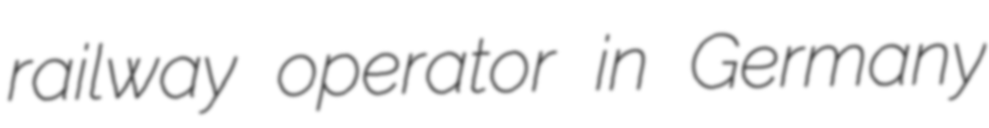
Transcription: railway operator in Germany